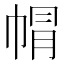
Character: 㡌